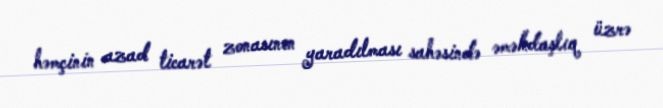
həmçinin azad ticarət zonasının yaradılması sahəsində əməkdaşlıq üzrə